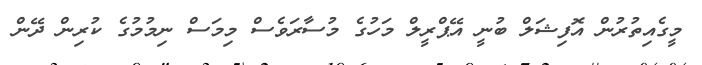
މީގެއިތުރުން އޮފިޝަލް ބުނީ އޭޕްރީލް މަހުގެ މުސާރަވެސް މިމަސް ނިމުމުގެ ކުރިން ދޭން